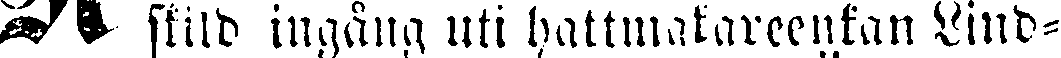
# skild ingång uti hattmakareenkan Lind-